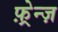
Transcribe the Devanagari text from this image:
फ़्रेन्ज़